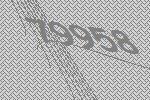
79958